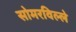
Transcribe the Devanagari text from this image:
सोमरविल्ले